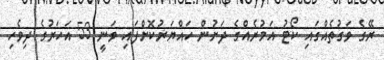
ރޭގެ ވަގުތެއްގައި ކޯޓު އަމުރެއްގެ ދަށުން ހައްޔަރުކޮށްފައި ވަނީ 53 އަހަރުގެ ދިވެހި